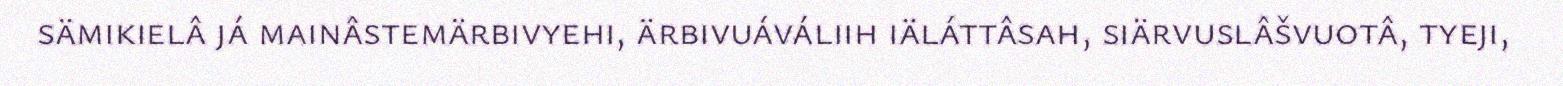
sämikielâ já mainâstemärbivyehi, ärbivuáváliih iäláttâsah, siärvuslâšvuotâ, tyeji,